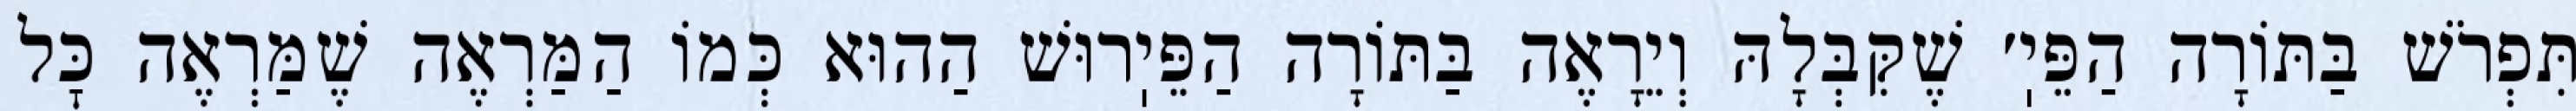
תִּפְרֹשׁ בַּתּוֹרָה הַפֵּיֽ׳ שֶׁקִּבְּלָהּ וְיֵרָאֶה בַּתּוֹרָה הַפֵּיֽרוּשׁ הַהוּא כְּמוֹ הַמַּרְאֶה שֶׁמַּרְאֶה כׇּל